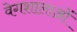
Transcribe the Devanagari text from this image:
वेगशालाओं